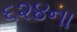
૬૨૪ના